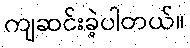
ကျဆင်းခဲ့ပါတယ်။